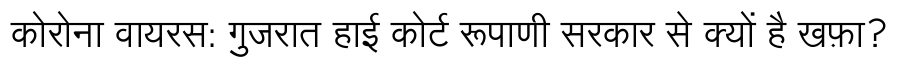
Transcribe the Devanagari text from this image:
कोरोना वायरस: गुजरात हाई कोर्ट रूपाणी सरकार से क्यों है खफ़ा?